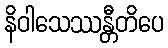
နိဝါသေဿန္တီတိပေ